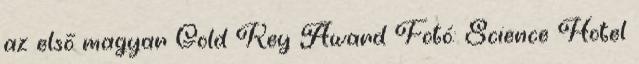
az első magyar Gold Key Award Fotó: Science Hotel